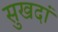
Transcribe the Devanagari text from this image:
सुखदां